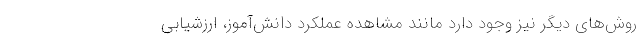
روش‌های دیگر نیز وجود دارد مانند مشاهده عملکرد دانش‌آموز، ارزشیابی